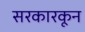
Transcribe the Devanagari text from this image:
सरकारकून